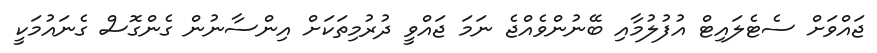
ޖައްވަށް ސެޓެލައިޓް އުފުލުމާއި ބޭނުންވެއްޖެ ނަމަ ޖައްވީ ދުރުމިތަކަށް އިންސާނުން ގެންގޮސް ގެނައުމަކީ